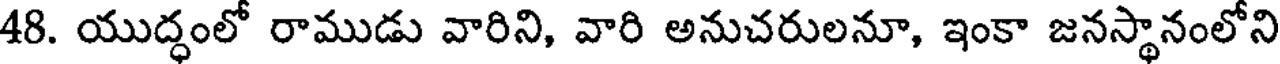
48. యుద్ధంలో రాముడు వారిని, వారి అనుచరులనూ, ఇంకా జనస్థానంలోని